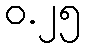
ဝ.၂၅